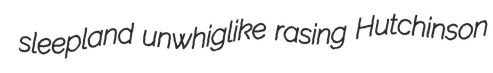
sleepland unwhiglike rasing Hutchinson